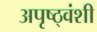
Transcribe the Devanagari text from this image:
अपृष्ठ्वंशी